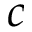
c